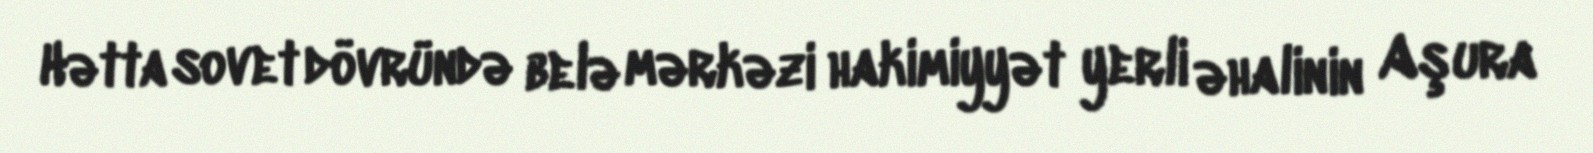
Hətta sovet dövründə belə mərkəzi hakimiyyət yerli əhalinin Aşura